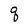
Character: q